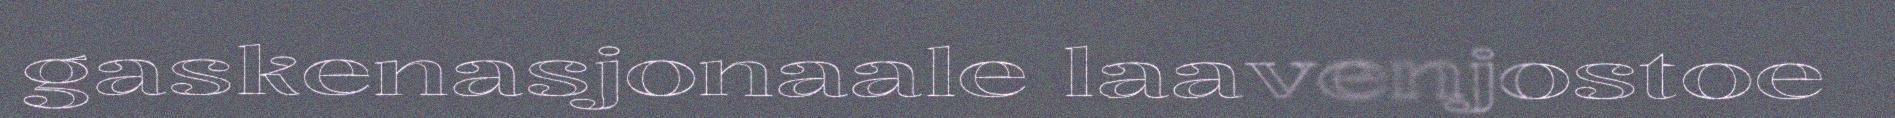
gaskenasjonaale laavenjostoe